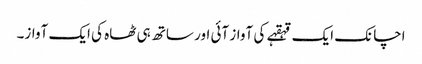
اچانک ایک قہقہے کی آواز آئی اور ساتھ ہی ٹھاہ کی ایک آواز۔